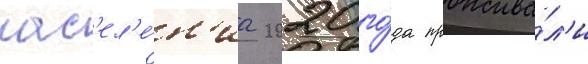
нас'ел'е́н'иа 2020 го́да прожива́л'и